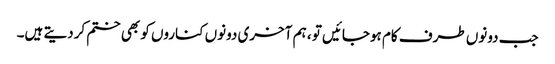
جب دونوں طرف کام ہوجائیں تو ، ہم آخری دونوں کناروں کو بھی ختم کردیتے ہیں۔